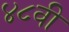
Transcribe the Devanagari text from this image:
४८वी